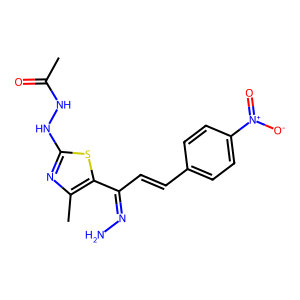
SMILES: CC(=O)NNc1nc(C)c(C(C=Cc2ccc([N+](=O)[O-])cc2)=NN)s1
Inhibits HIV replication: No